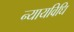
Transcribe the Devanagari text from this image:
न्यायविधि